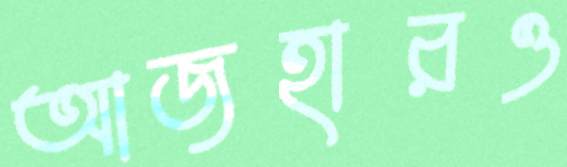
আজহারও